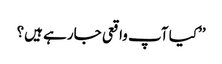
’’کیا آپ واقعی جارہے ہیں؟